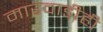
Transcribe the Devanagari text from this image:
मारवाडीही